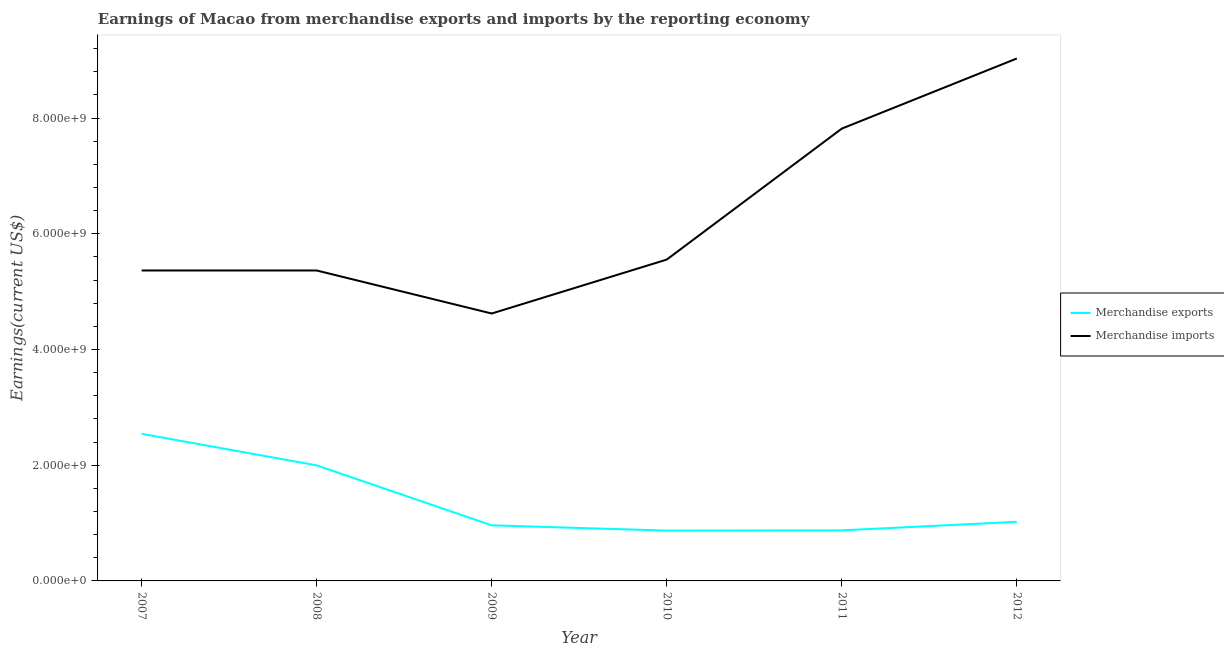
| Year | Merchandise exports | Merchandise imports |
 | --- | --- | --- |
 | 2007 | 2.54e+09 | 5.37e+09 |
 | 2008 | 2e+09 | 5.37e+09 |
 | 2009 | 9.61e+08 | 4.62e+09 |
 | 2010 | 8.7e+08 | 5.55e+09 |
 | 2011 | 8.74e+08 | 7.82e+09 |
 | 2012 | 1.02e+09 | 9.03e+09 |